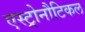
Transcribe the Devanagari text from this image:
एस्ट्रोनौटिकल